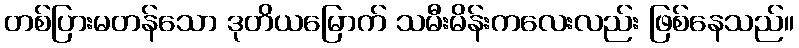
တစ်ပြားမတန်သော ဒုတိယမြောက် သမီးမိန်းကလေးလည်း ဖြစ်နေသည်။